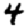
Digit: 4